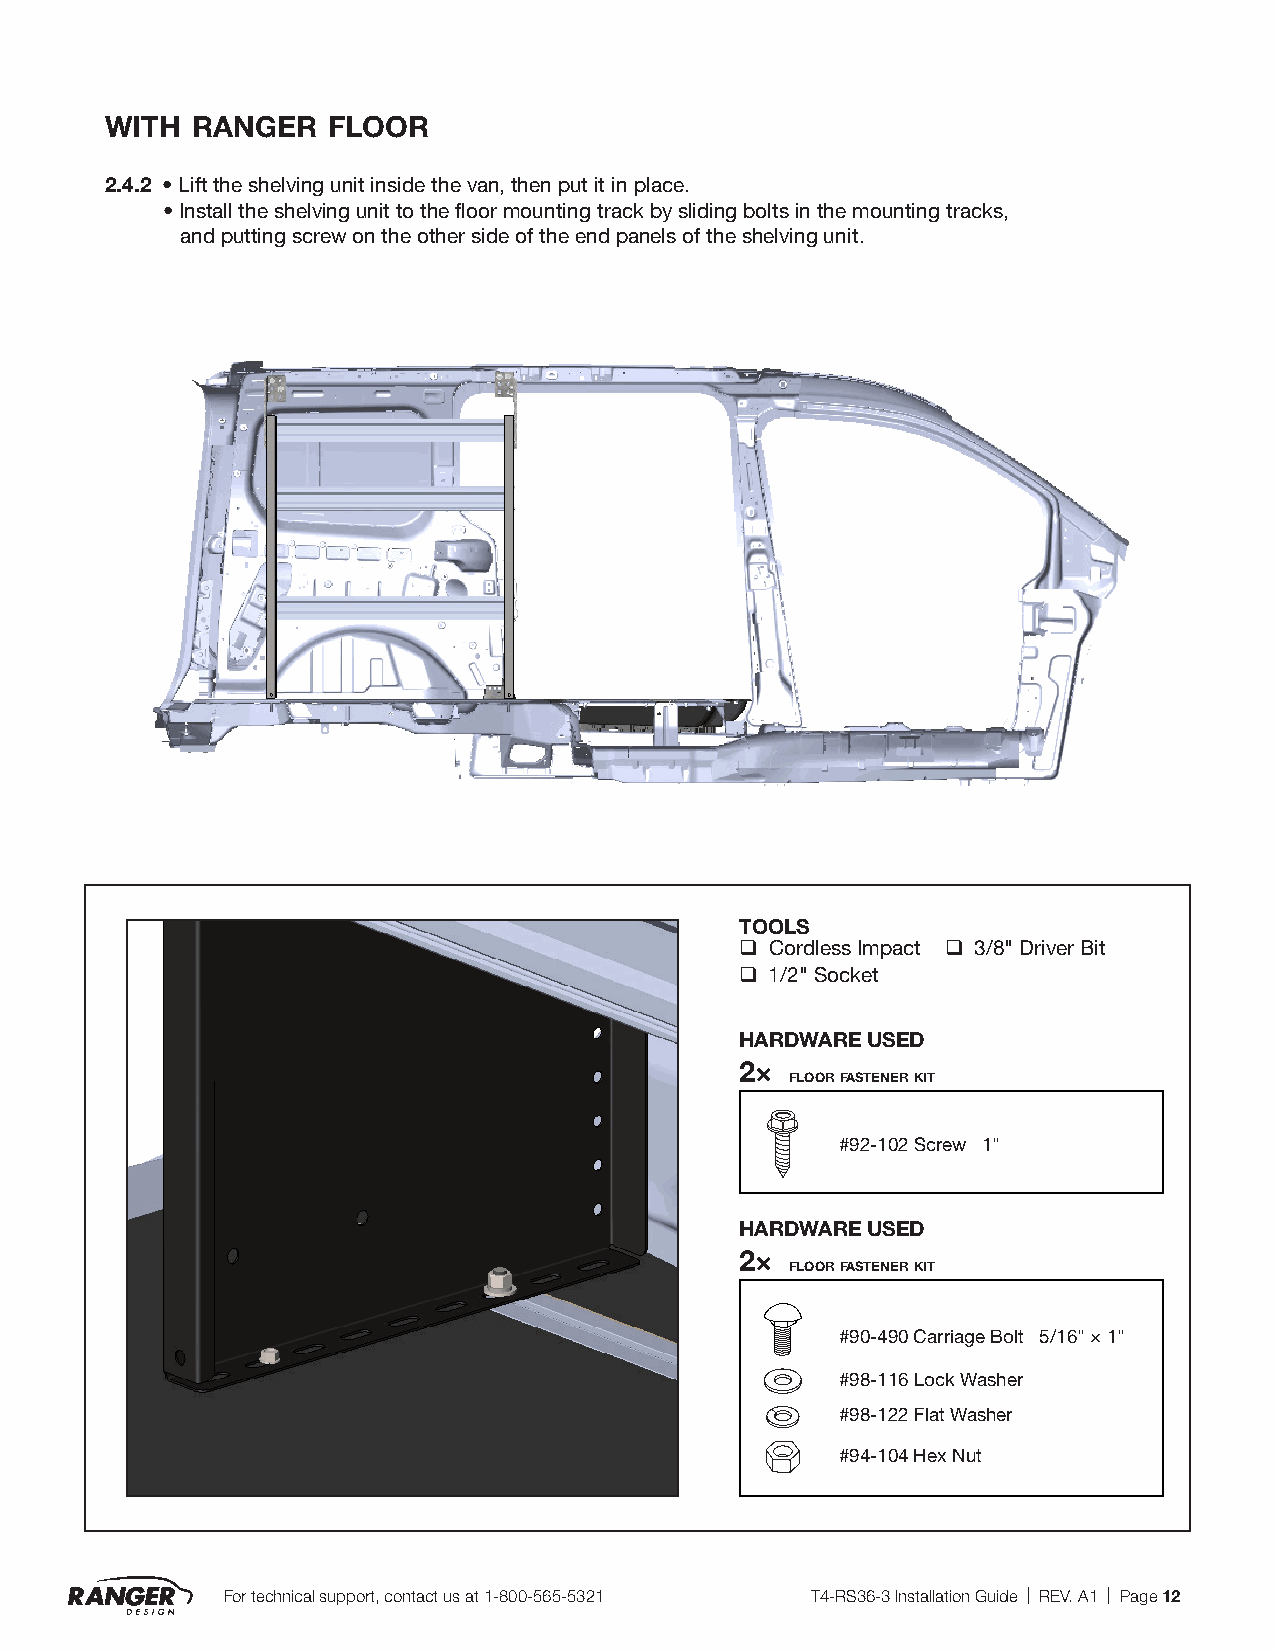
with  ranger   floor
 2.4.2 • Lift the shelving unit inside the van, then put it in place.
 • Install the shelving unit to the floor mounting track by sliding bolts in the mounting tracks,
 and putting screw on the other side of the end panels of the shelving unit.
 TOOLS
 q Cordless Impact q 3/8" Driver Bit
 q 1/2" Socket
 HARDWARE USED
 2×
 floor fastener kit
 #92-102 Screw 1"
 HARDWARE USED
 2×
 floor fastener kit
 #90-490 Carriage Bolt 5/16" × 1"
 #98-116 Lock Washer
 #98-122 Flat Washer
 #94-104 Hex Nut
 For technical support, contact us at 1-800-565-5321 T4-RS36-3 Installation Guide | REV. A1 | Page 12